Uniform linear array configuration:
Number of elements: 48
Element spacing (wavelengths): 0.5
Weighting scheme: uniform
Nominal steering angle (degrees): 60
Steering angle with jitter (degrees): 58.881
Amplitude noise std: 0.05
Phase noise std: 0.05

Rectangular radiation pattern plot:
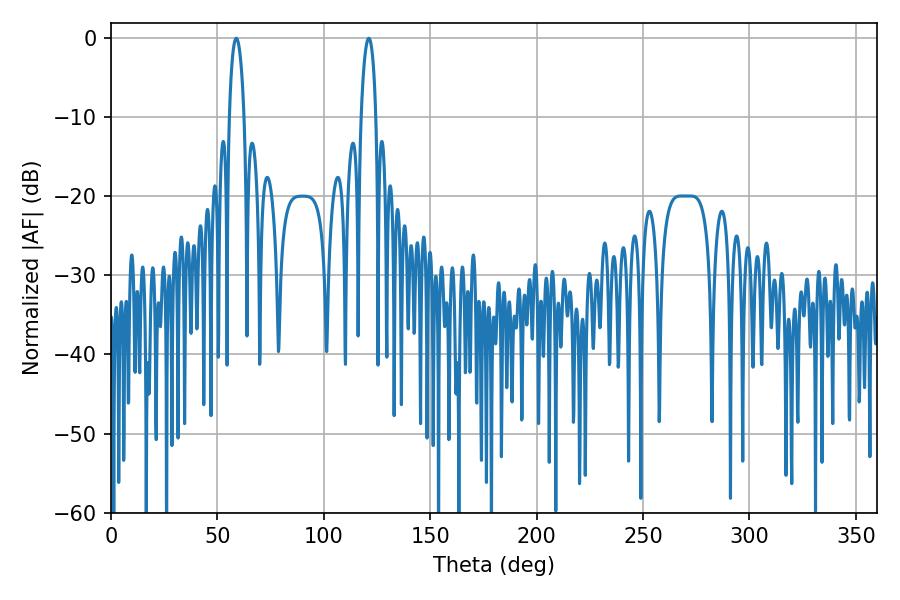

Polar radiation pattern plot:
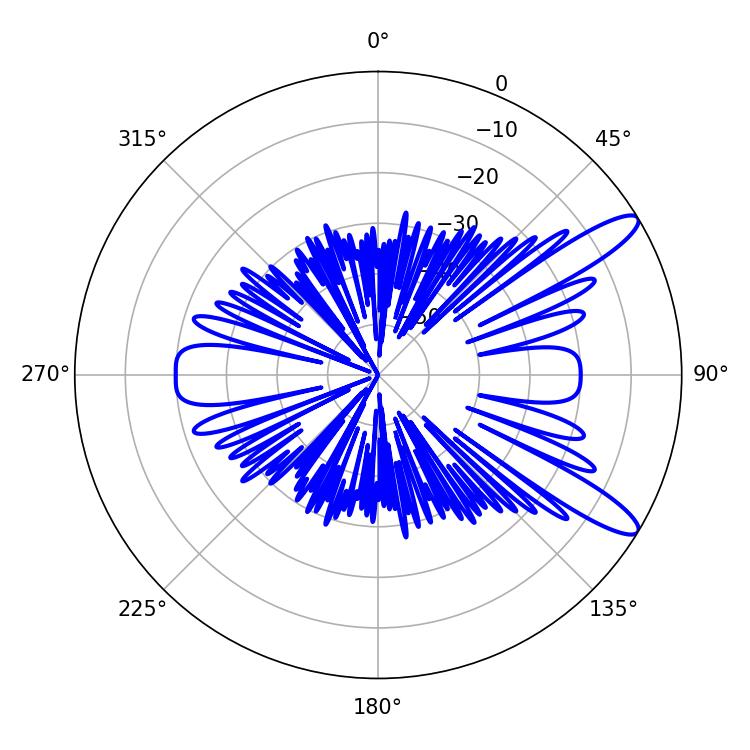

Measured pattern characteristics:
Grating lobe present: FALSE
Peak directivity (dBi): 11.728
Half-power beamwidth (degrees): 3.96
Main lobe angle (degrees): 58.86